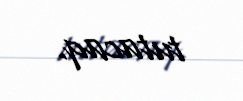
tutacaq.